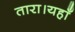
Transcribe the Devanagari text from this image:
तारा।यहाँ